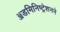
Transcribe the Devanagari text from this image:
ॲडमिनिष्ट्रेशनने